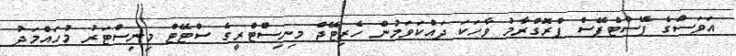
އަވަސްގެ ފޭސްޓްފޭސް ޕްރޮގްރާމު ވާހަކަ ދައްކަވަމުން ހެރިޓޭޖް މިނިސްޓްރީގެ ސްޓޭޓް މިނިސްޓަރު މުހައްމަދު